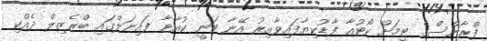
ފްރާންސްގެ ޓީމަށް ކޯޓުއާ ފާޑުކިޔާފައިވާއިރު އޭނާ ވަނީ ކުއާޓާ ފައިނަލްގައި ބްރެޒިލް ދެއްކި